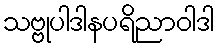
သဗ္ဗုပါဒါနပရိညာဝါဒါ